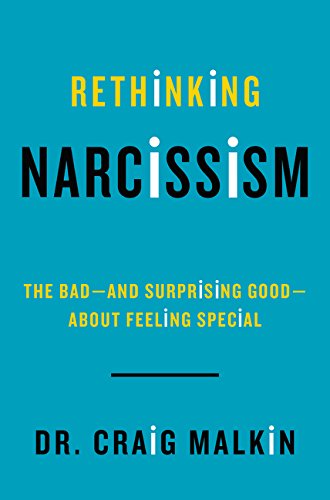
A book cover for Rethinking Narcissism: The Bad-and Surprising Good-About Feeling Special; Dr. Craig Malkin; Health, Fitness & Dieting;